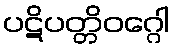
ပဋိပတ္တိဝဂ္ဂေါ